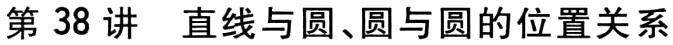
第38讲 直线与圆、圆与圆的位置关系